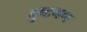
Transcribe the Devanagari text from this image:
दुष्टगण